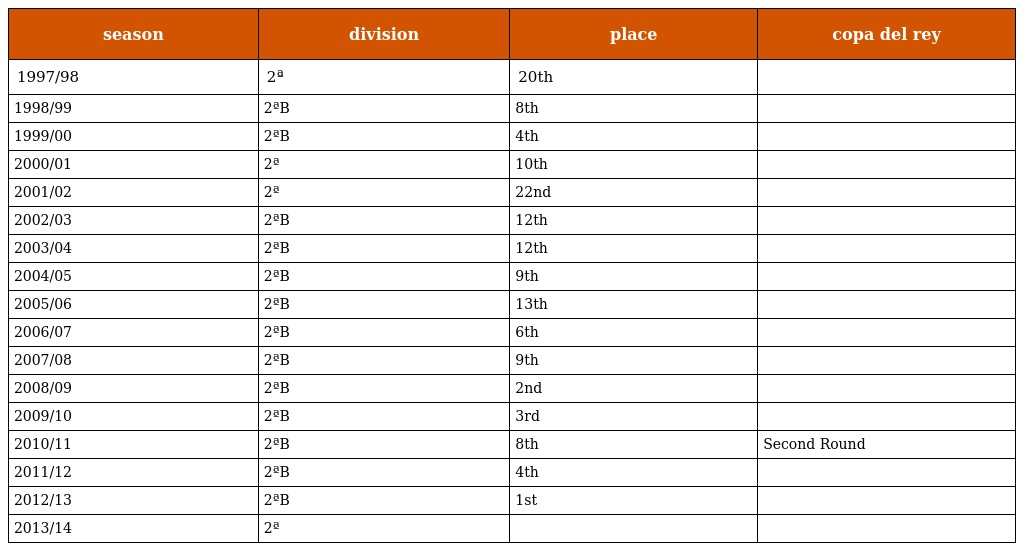
| season | division | place | copa del rey |
 | --- | --- | --- | --- |
 | 1997/98 | 2ª | 20th |  |
 | 1998/99 | 2ªB | 8th |  |
 | 1999/00 | 2ªB | 4th |  |
 | 2000/01 | 2ª | 10th |  |
 | 2001/02 | 2ª | 22nd |  |
 | 2002/03 | 2ªB | 12th |  |
 | 2003/04 | 2ªB | 12th |  |
 | 2004/05 | 2ªB | 9th |  |
 | 2005/06 | 2ªB | 13th |  |
 | 2006/07 | 2ªB | 6th |  |
 | 2007/08 | 2ªB | 9th |  |
 | 2008/09 | 2ªB | 2nd |  |
 | 2009/10 | 2ªB | 3rd |  |
 | 2010/11 | 2ªB | 8th | Second Round |
 | 2011/12 | 2ªB | 4th |  |
 | 2012/13 | 2ªB | 1st |  |
 | 2013/14 | 2ª |  |  |